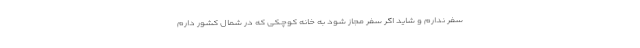
سفر ندارم و شاید اگر سفر مجاز شود به خانه کوچکی که در شمال کشور دارم